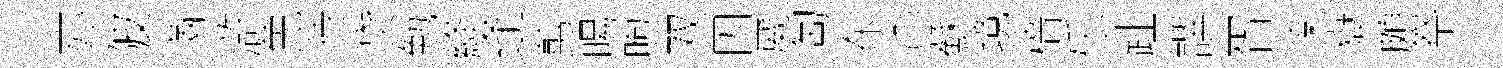
亦陂滿滸免待贷勉絳逢剪暘煦双因崴匋东〇蘇境檣乐趾譔胥楽嶽頗祭